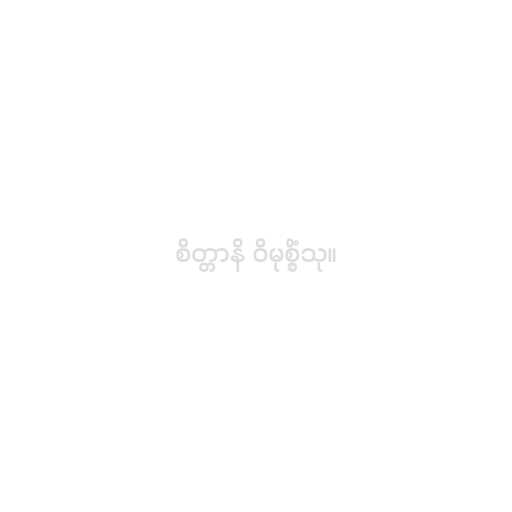
စိတ္တာနိ ဝိမုစ္စိံသု။